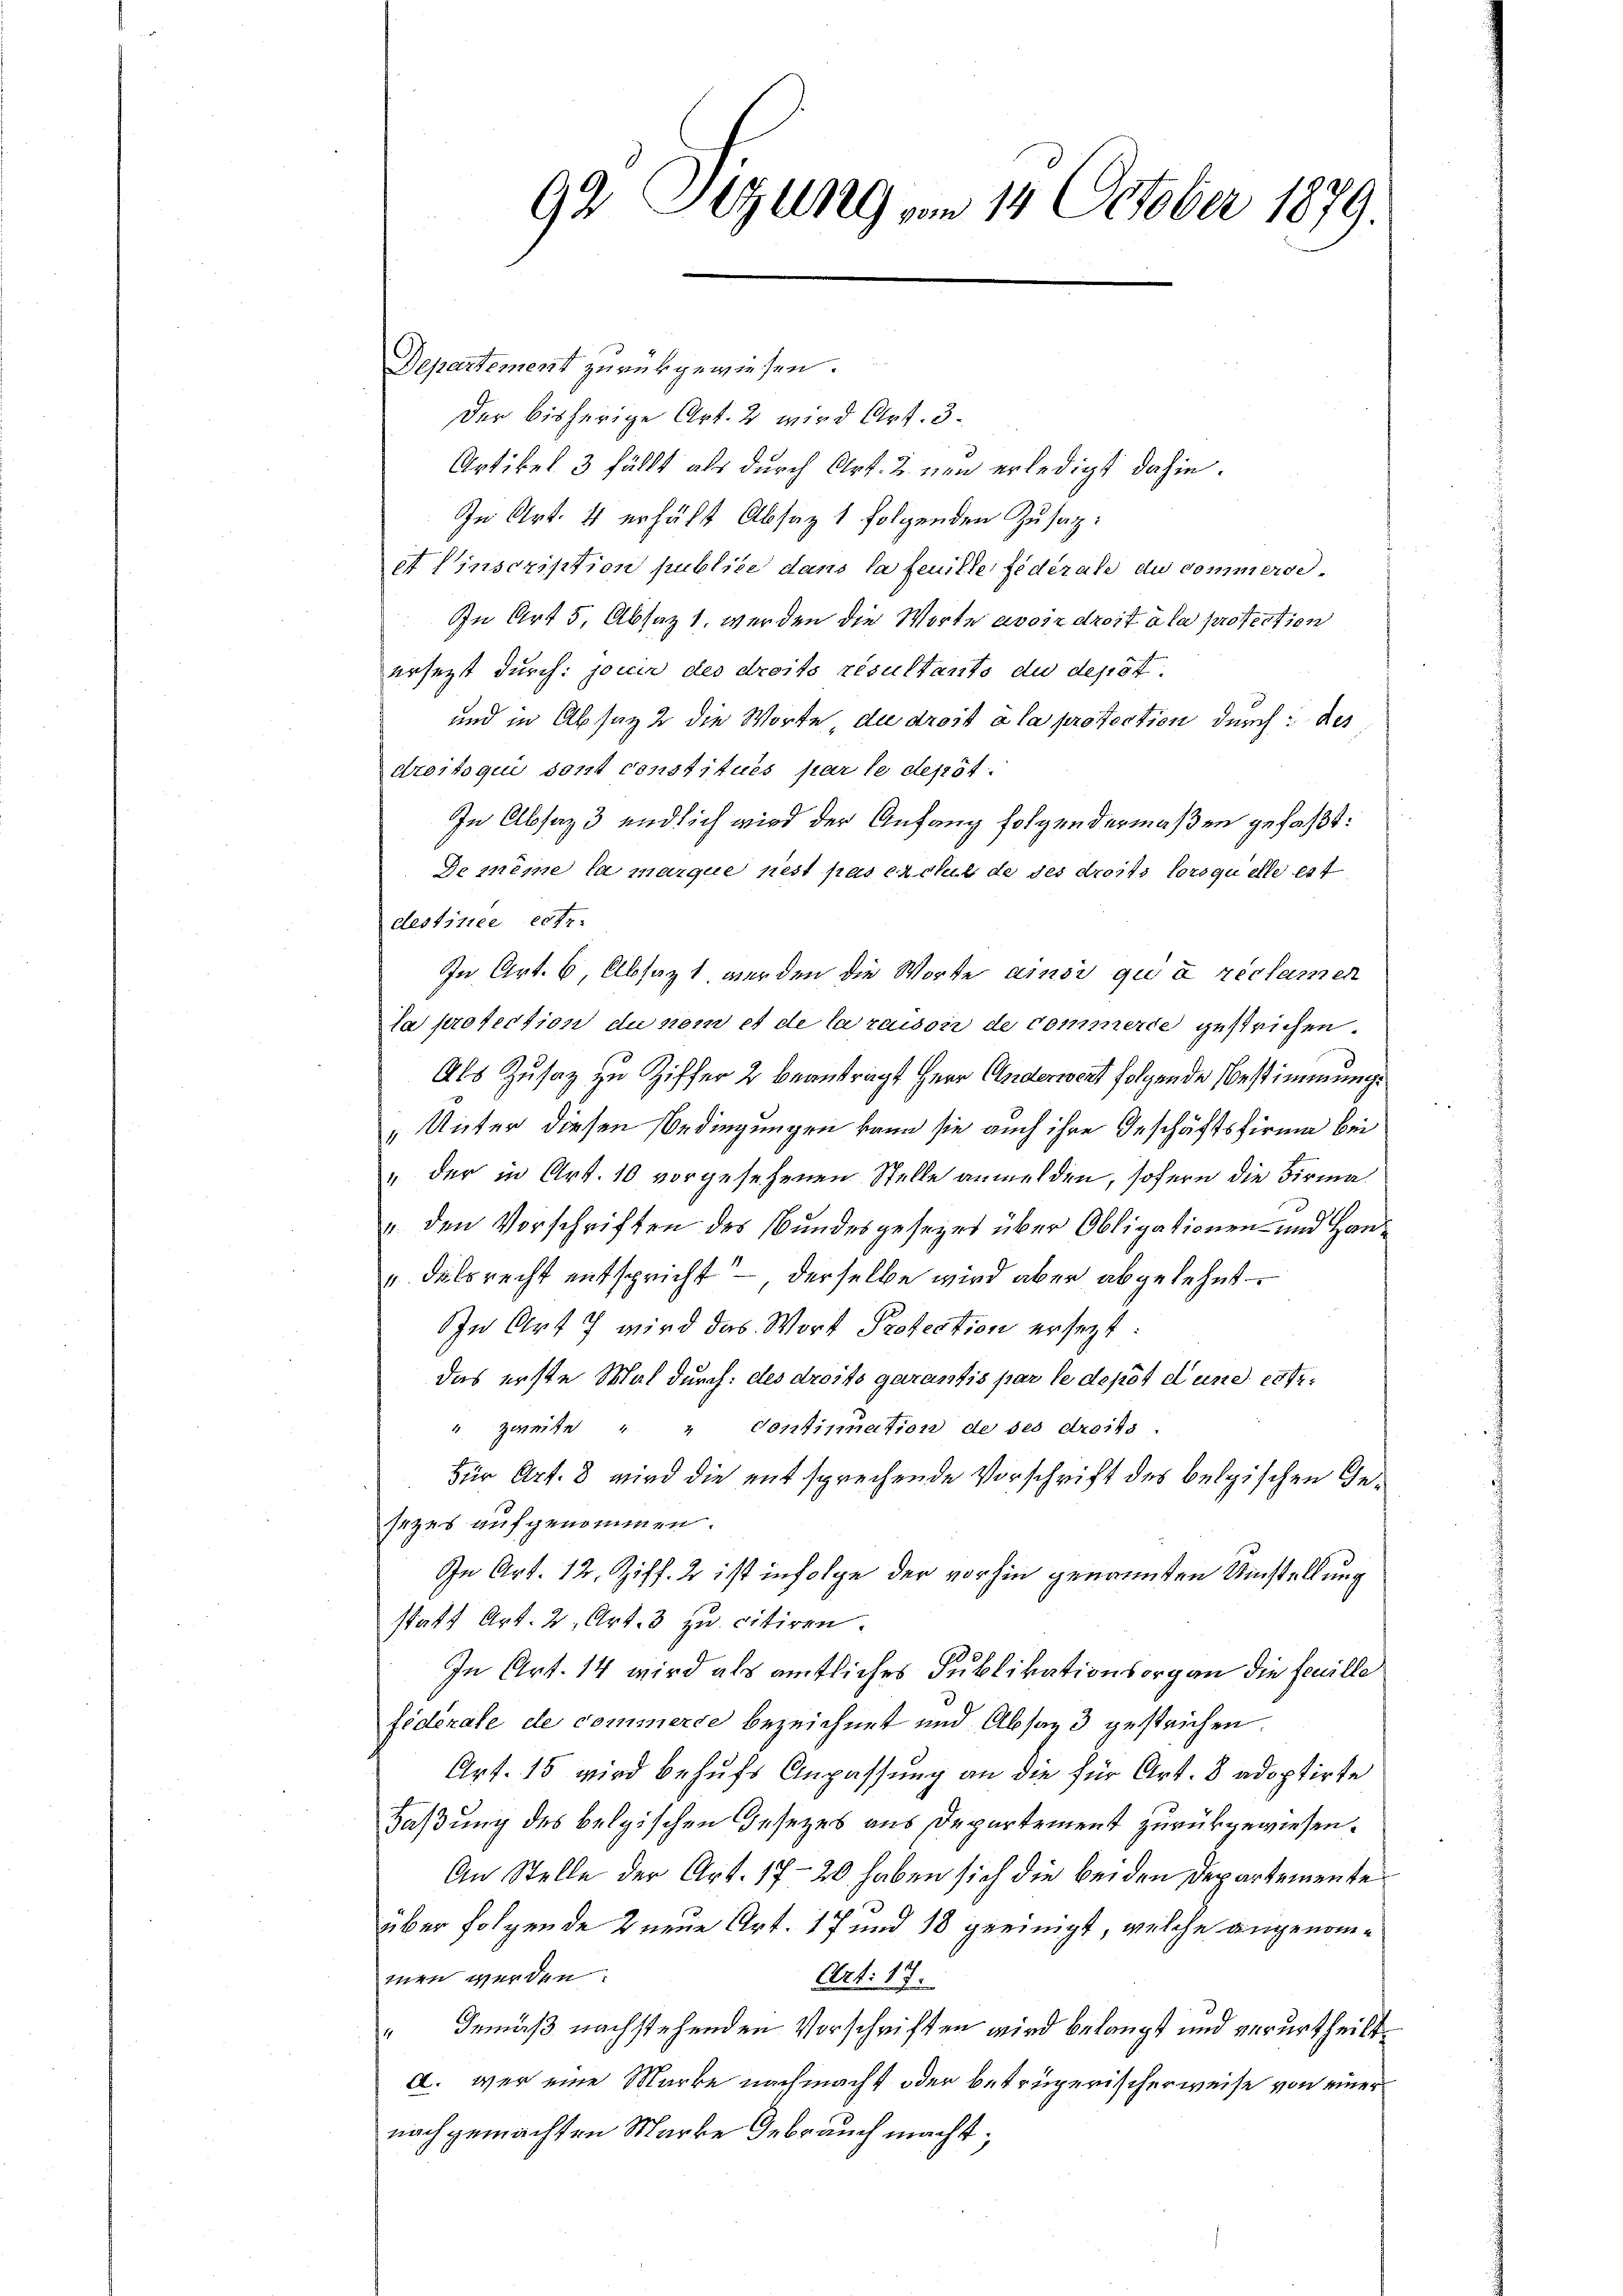
92 Sizung vom 14. October 1879.

Departement zurückgewiesen.
Der bisherige Art. 2 wird Art. 3.
Artikel 3 fällt als durch Art. 2. von erledigt dahin.
In Art. 4 erhält Absaz 1 folgenden Zusag:
et Pinscription publice dans la feuille fédérale du commerse¬
In Art 5. Absatz 1. werden die Worte avoir droit à la protection
ersetzt durch: jouir des droits résultants du depot.
und in Absatz 2 die Worte, die droit à la protestion durch des
droitoqui sont constitués par le depot.
In Absaz 3 endlich wird der Anfang folgendermaßen gefaßt:
De même la marque nest pas encll de des droits lorsquelle est
destirte erfr
In Art. 6, Absagt werden die Worte ainsi qui a réclamen
la profession du nom et de Caraison de commerde gestrichen.
Als Zusatz zu Ziffer 2 beanträgt Herr Anderwert folgende Bestimmungs
„Unter diesen Bedingungen kann sie auch ihre Geschäftsfirma bei
" der in Art. 10 vorgesehenen Stelle anmelden, sofern die Firma¬
. den Vorschriften des Bundesgesezes über Obligationen- und Handals recht entspricht — derselbe wird aber abgelehnt
In Art 7 wird das Wort Protection ersezt:
das erste Mal durch des droits garantis par le depot d und erte¬
" zweite " " Contination de ses droits.
Für Art. 8 wird die entsprechende Vorschrift des belgischen Gesezes aufgenommen.
In Art. 12. Ziff. 2 ist infolge der vorhin genannten Umstellung
statt Art. 2, Art. 8 zu citiren.
In Art. 14 wird als amtliches Publikationsorgan die feuille
fédérale de commerse bezeichnet und Absaz 3 gestrichen.
Art. 15 wird behufs Anpassung an die für Art. 8 adoptirte
Faßung des belgischen Gesetzes aus Departement zurückgewiesen.
An Stelle der Art. 17-20 haben sich die beiden Departemente
über folgende 2 neue Art. 17 und 18 geeinigt, welche angenommen werden.
Art. 17.
“ Gemäß nachstehenden Vorschriften wird belangt und verurtheilt.
a. wer eine Marke nachmacht oder betrügerischerweise von einer
nach gemachten Marke Gebrauch macht;